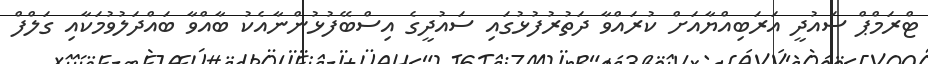
ޓްރަމްޕް ސައުދީ އަރަބިއްޔާއަށް ކުރައްވާ ދަތުރުފުޅުގައި ސައުދީގެ އިސްބޭފުޅުންނާއެކު ބާއްވާ ބައްދަލުވުމަކާއި ގަލްފް